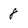
Character: 8